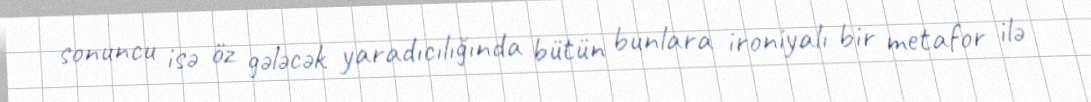
sonuncu isə öz gələcək yaradıcılığında bütün bunlara ironiyalı bir metafor ilə